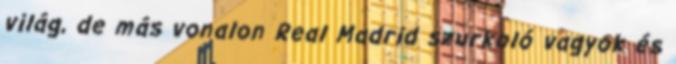
világ, de más vonalon Real Madrid szurkoló vagyok és